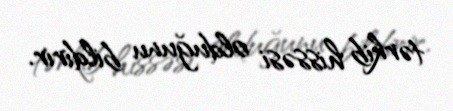
tərkib hissəsi olduğunu bildirir.